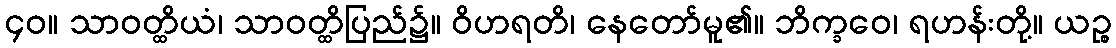
၄၀။ သာဝတ္ထိယံ၊ သာဝတ္ထိပြည်၌။ ဝိဟရတိ၊ နေတော်မူ၏။ ဘိက္ခဝေ၊ ရဟန်းတို့။ ယဉ္စ